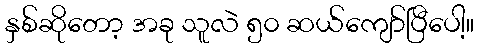
နှစ်ဆိုတော့ အခု သူလဲ ၅၀ ဆယ်ကျော်ပြီပေါ့။